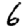
Digit: 6